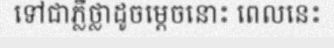
ទៅជាភ្លឺថ្លាដូចម្តេចនោះ ពេលនេះ